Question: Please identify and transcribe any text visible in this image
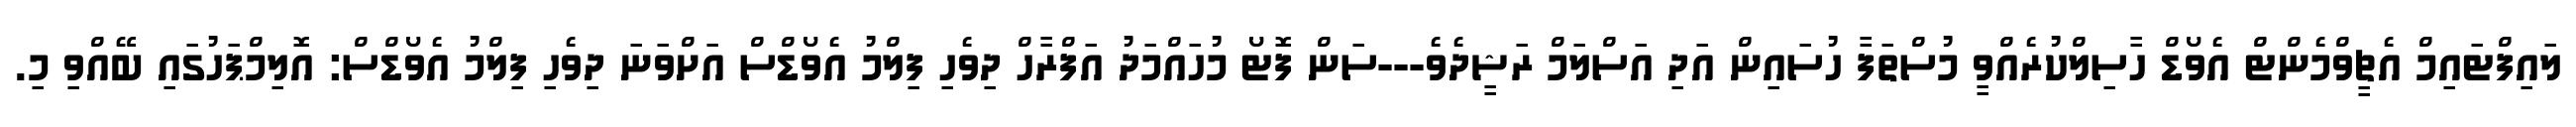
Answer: ލައިފްޓައިމް އެޗީވްމެންޓް އެވޯޑް ހާސިލްކުރެއްވީ މުސްތަފާ ހުސައިން އަދި އަސްލަމް ރަޝީދެވެ---ސަން ފޮޓޯ މުހައްމަދު އަފްރާހް ދިވެހި ފިލްމު އެވޯޑްސް އަށްވަނަ ދިވެހި ފިލްމު އެވޯޑްސް: އޮލިމްޕަހުގައި ބޭއްވި މި.